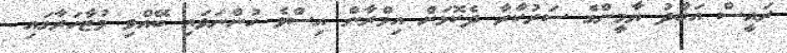
ރައީސް އަބްދު ޔާމީންގެ ސަރުކާރާ ދެކޮޅަށް އިމްރާން އިސްވެ ހުންނަވައި ބޭއްވި މުޒާހަރާގައި